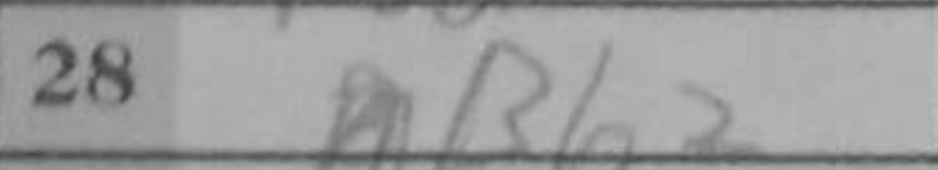
Transcription: Rh2